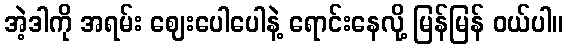
အဲ့ဒါကို အရမ်း ဈေးပေါပေါနဲ့ ရောင်းနေလို့ မြန်မြန် ဝယ်ပါ။